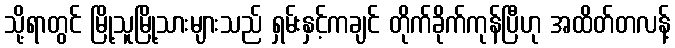
သို့ရာတွင် မြို့သူမြို့သားများသည် ရှမ်းနှင့်ကချင် တိုက်ခိုက်ကုန်ပြီဟု အထိတ်တလန့်